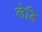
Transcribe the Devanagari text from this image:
लेडि